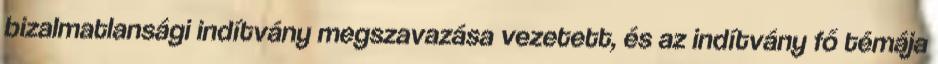
bizalmatlansági indítvány megszavazása vezetett, és az indítvány fő témája